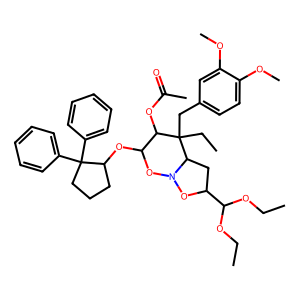
SMILES: CCOC(OCC)C1CC2N(O1)OC(OC1CCCC1(c1ccccc1)c1ccccc1)C(OC(C)=O)C2(CC)Cc1ccc(OC)c(OC)c1
Inhibits HIV replication: No